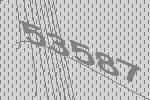
53587